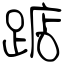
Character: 踮